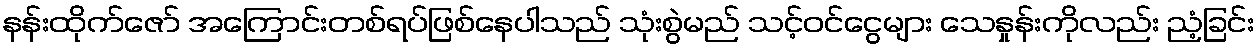
နန်းထိုက်ဇော် အကြောင်းတစ်ရပ်ဖြစ်နေပါသည် သုံးစွဲမည် သင့်ဝင်ငွေများ သေနှုန်းကိုလည်း ညံ့ခြင်း